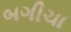
બગીચા